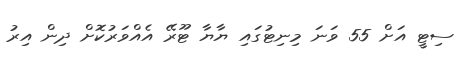
ސިޓީ އަށް 55 ވަނަ މިނިޓުގައި ޔާޔާ ޓޫރޭ އެއްވަރުކޮށް ދިން އިރު